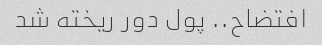
افتضاح.. پول دور ریخته شد